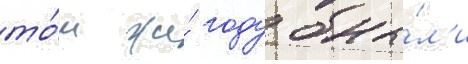
то́м же́ году бы́л'и